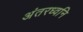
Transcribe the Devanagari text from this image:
अंतरध्वनि